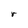
Character: r